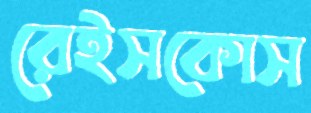
রেইসকোস